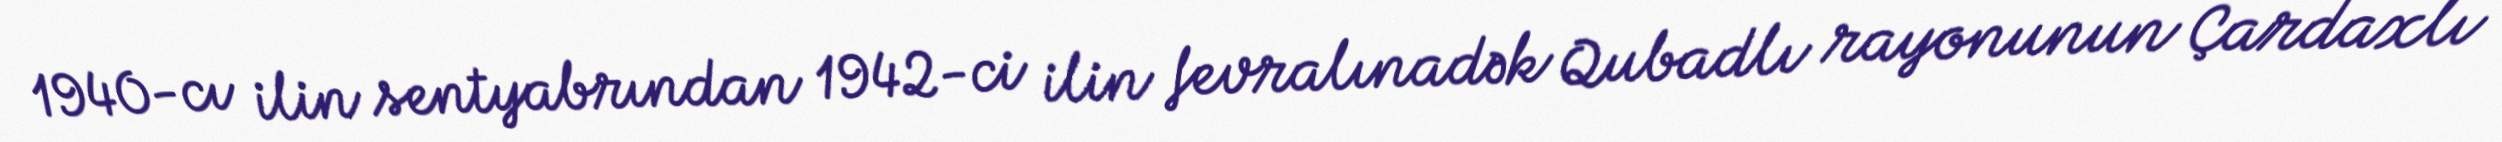
1940-cı ilin sentyabrından 1942-ci ilin fevralınadək Qubadlı rayonunun Çardaxlı